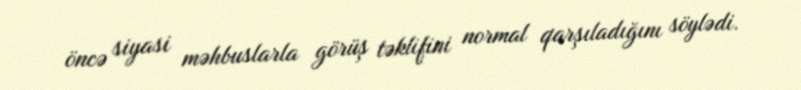
öncə siyasi məhbuslarla görüş təklifini normal qarşıladığını söylədi.